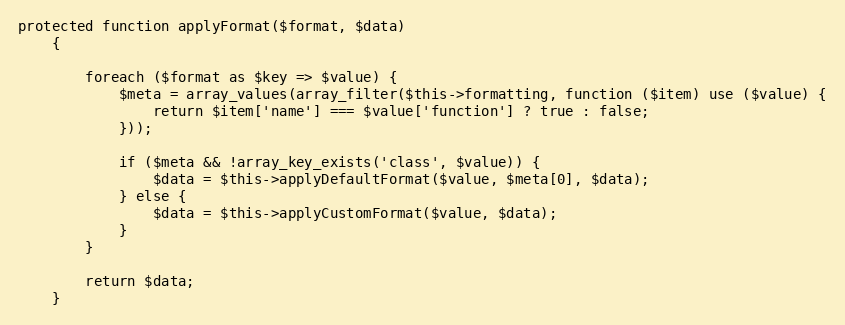
Language: PHP
protected function applyFormat($format, $data)
    {

        foreach ($format as $key => $value) {
            $meta = array_values(array_filter($this->formatting, function ($item) use ($value) {
                return $item['name'] === $value['function'] ? true : false;
            }));

            if ($meta && !array_key_exists('class', $value)) {
                $data = $this->applyDefaultFormat($value, $meta[0], $data);
            } else {
                $data = $this->applyCustomFormat($value, $data);
            }
        }

        return $data;
    }